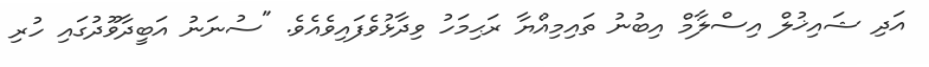
އަދި ޝައިޚުލް އިސްލާމް އިބުނު ތައިމިއްޔާ ރަޙިމަހު ވިދާޅުވެފައިވެއެވެ. "ސުނަނު އަބީދާވޫދުގައި ހުރި